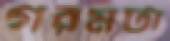
গরমটা